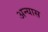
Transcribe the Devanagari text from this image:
अन्यास